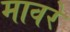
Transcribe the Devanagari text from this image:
मावरे